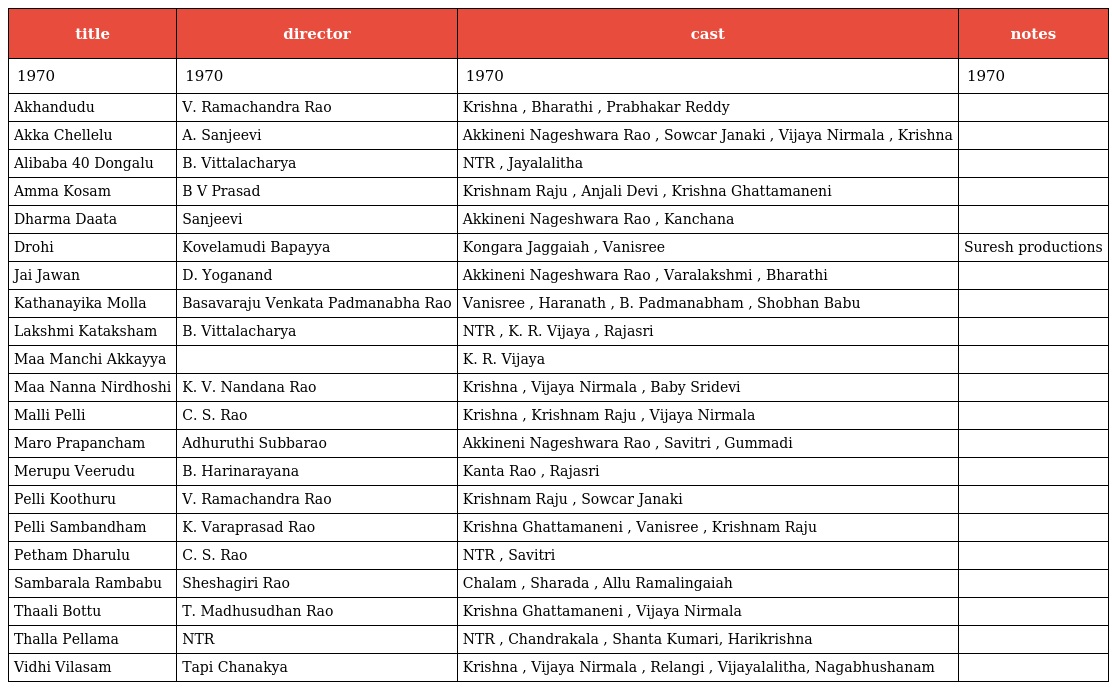
| title | director | cast | notes |
 | --- | --- | --- | --- |
 | 1970 | 1970 | 1970 | 1970 |
 | Akhandudu | V. Ramachandra Rao | Krishna , Bharathi , Prabhakar Reddy |  |
 | Akka Chellelu | A. Sanjeevi | Akkineni Nageshwara Rao , Sowcar Janaki , Vijaya Nirmala , Krishna |  |
 | Alibaba 40 Dongalu | B. Vittalacharya | NTR , Jayalalitha |  |
 | Amma Kosam | B V Prasad | Krishnam Raju , Anjali Devi , Krishna Ghattamaneni |  |
 | Dharma Daata | Sanjeevi | Akkineni Nageshwara Rao , Kanchana |  |
 | Drohi | Kovelamudi Bapayya | Kongara Jaggaiah , Vanisree | Suresh productions |
 | Jai Jawan | D. Yoganand | Akkineni Nageshwara Rao , Varalakshmi , Bharathi |  |
 | Kathanayika Molla | Basavaraju Venkata Padmanabha Rao | Vanisree , Haranath , B. Padmanabham , Shobhan Babu |  |
 | Lakshmi Kataksham | B. Vittalacharya | NTR , K. R. Vijaya , Rajasri |  |
 | Maa Manchi Akkayya |  | K. R. Vijaya |  |
 | Maa Nanna Nirdhoshi | K. V. Nandana Rao | Krishna , Vijaya Nirmala , Baby Sridevi |  |
 | Malli Pelli | C. S. Rao | Krishna , Krishnam Raju , Vijaya Nirmala |  |
 | Maro Prapancham | Adhuruthi Subbarao | Akkineni Nageshwara Rao , Savitri , Gummadi |  |
 | Merupu Veerudu | B. Harinarayana | Kanta Rao , Rajasri |  |
 | Pelli Koothuru | V. Ramachandra Rao | Krishnam Raju , Sowcar Janaki |  |
 | Pelli Sambandham | K. Varaprasad Rao | Krishna Ghattamaneni , Vanisree , Krishnam Raju |  |
 | Petham Dharulu | C. S. Rao | NTR , Savitri |  |
 | Sambarala Rambabu | Sheshagiri Rao | Chalam , Sharada , Allu Ramalingaiah |  |
 | Thaali Bottu | T. Madhusudhan Rao | Krishna Ghattamaneni , Vijaya Nirmala |  |
 | Thalla Pellama | NTR | NTR , Chandrakala , Shanta Kumari, Harikrishna |  |
 | Vidhi Vilasam | Tapi Chanakya | Krishna , Vijaya Nirmala , Relangi , Vijayalalitha, Nagabhushanam |  |